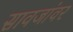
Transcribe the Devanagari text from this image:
सावजांवर